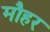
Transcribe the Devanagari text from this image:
मौहर